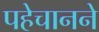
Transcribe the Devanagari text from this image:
पहेचानने